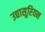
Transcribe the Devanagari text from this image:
उद्यासूरियन